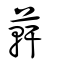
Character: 蓒